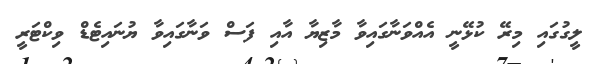
ލީގުގައި މިރޭ ކުޅޭނީ އެއްވަނާގައިވާ މާޒިޔާ އާއި ފަސް ވަނާގައިވާ ޔުނައިޓެޑް ވިކްޓަރީ